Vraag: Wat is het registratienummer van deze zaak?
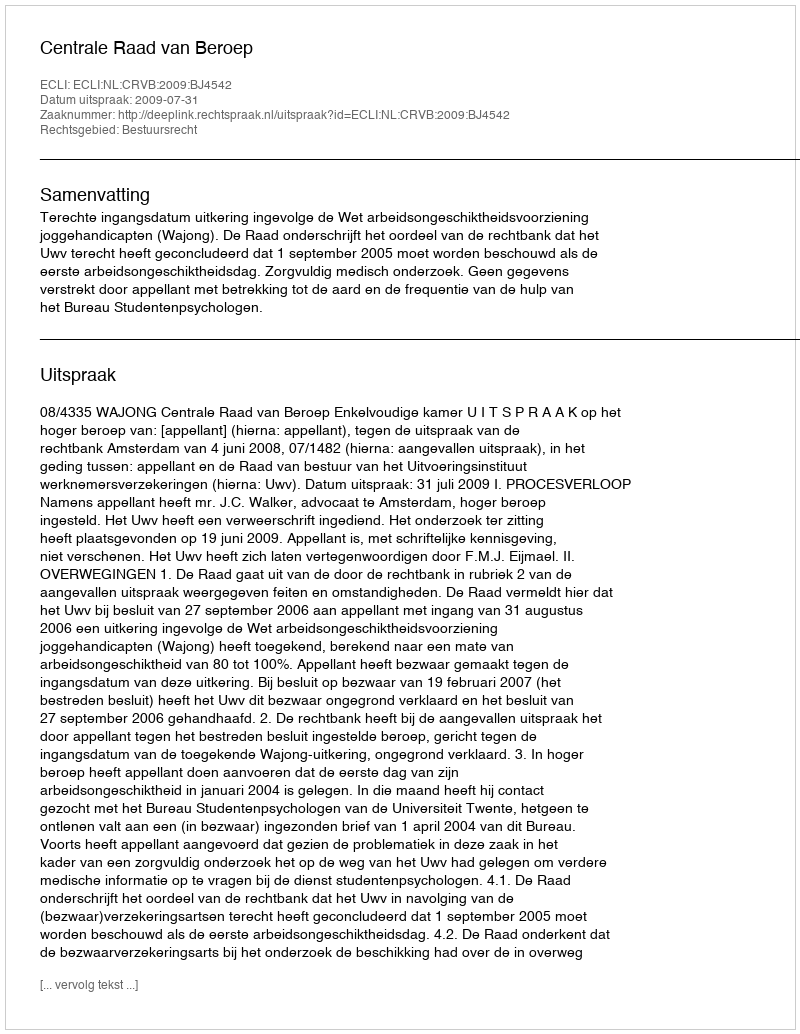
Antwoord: http://deeplink.rechtspraak.nl/uitspraak?id=ECLI:NL:CRVB:2009:BJ4542